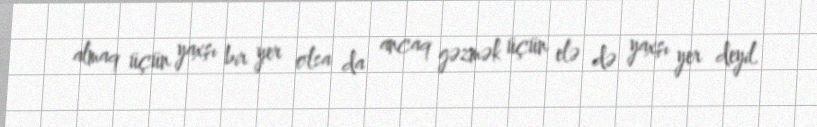
almaq üçün yaxşı bir yer olsa da ancaq gəzmək üçün elə də yaxşı yer deyil.